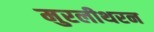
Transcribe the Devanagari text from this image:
मुरलीथरन